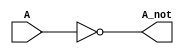
`timescale 1ns / 1ps
//////////////////////////////////////////////////////////////////////////////////
// Company: 
// Engineer: 
// 
// Design Name: 
// Module Name: Inverter
// Project Name: 
// Target Devices: 
// Tool Versions: 
// Description: 
// 
// Dependencies: 
// 
// Revision:
// Revision 0.01 - File Created
// Additional Comments:
// 
//////////////////////////////////////////////////////////////////////////////////


module Inverter(A, A_not);
//Dimensions of ports i.e. which port is for input and ouput, and which port have what size.
input  A;
output  A_not;
// next step is to make logic (verilog description)
not not1(A_not, A);
endmodule